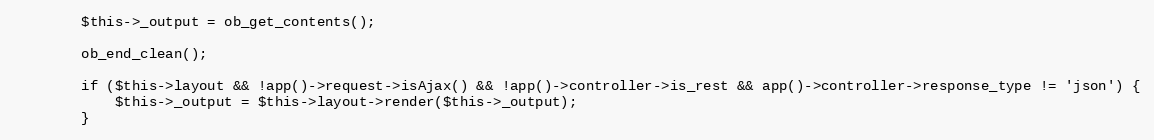
Language: PHP
        $this->_output = ob_get_contents();

        ob_end_clean();

        if ($this->layout && !app()->request->isAjax() && !app()->controller->is_rest && app()->controller->response_type != 'json') {
            $this->_output = $this->layout->render($this->_output);
        }